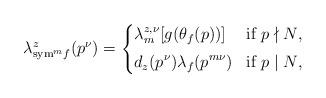
LaTeX: \begin{align*}\lambda_{{\rm sym}^m f}^z(p^\nu)=\left\{\begin{aligned}&\lambda_m^{z,\nu}[g(\theta_f(p))] &&\mbox{if $p \nmid N$},\\\noalign{\vskip 1mm}&d_z(p^\nu)\lambda_f(p^{m\nu}) &&\mbox{if $p \mid N$},\end{aligned}\right.\end{align*}